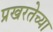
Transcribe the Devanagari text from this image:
प्रखरतेच्या